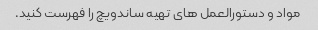
مواد و دستورالعمل های تهیه ساندویچ را فهرست کنید.